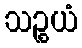
သဉ္စယံ